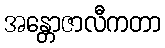
အန္တောဇာလီကတာ